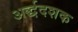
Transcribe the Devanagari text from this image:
अर्द्धदशक